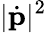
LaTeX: |{\dot{\mathbf{p}}}|^{2}